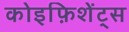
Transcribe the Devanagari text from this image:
कोइफ़िशेंट्स